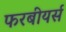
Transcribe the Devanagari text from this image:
फरबीयर्स